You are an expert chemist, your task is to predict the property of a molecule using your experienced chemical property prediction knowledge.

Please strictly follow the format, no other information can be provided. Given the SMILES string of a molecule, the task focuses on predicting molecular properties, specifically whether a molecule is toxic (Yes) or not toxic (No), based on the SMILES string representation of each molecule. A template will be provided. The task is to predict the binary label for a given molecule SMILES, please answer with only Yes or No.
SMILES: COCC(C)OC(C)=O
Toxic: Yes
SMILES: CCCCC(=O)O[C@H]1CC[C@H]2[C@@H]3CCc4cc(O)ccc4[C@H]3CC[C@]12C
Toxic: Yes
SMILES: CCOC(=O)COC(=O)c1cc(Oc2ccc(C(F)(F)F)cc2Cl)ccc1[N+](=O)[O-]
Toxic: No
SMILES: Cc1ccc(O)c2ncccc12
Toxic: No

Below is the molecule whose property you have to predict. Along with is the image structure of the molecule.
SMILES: CCCCCCOc1ccccc1C(=O)O
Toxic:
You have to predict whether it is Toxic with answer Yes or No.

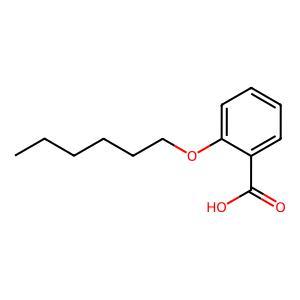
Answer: No